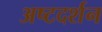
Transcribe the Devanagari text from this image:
अष्टदर्शन